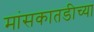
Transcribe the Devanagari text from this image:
मांसकातडीच्या